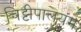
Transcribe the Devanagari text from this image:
चिट्टीपालयम